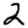
Digit: 2